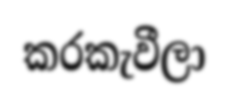
කරකැවීලා